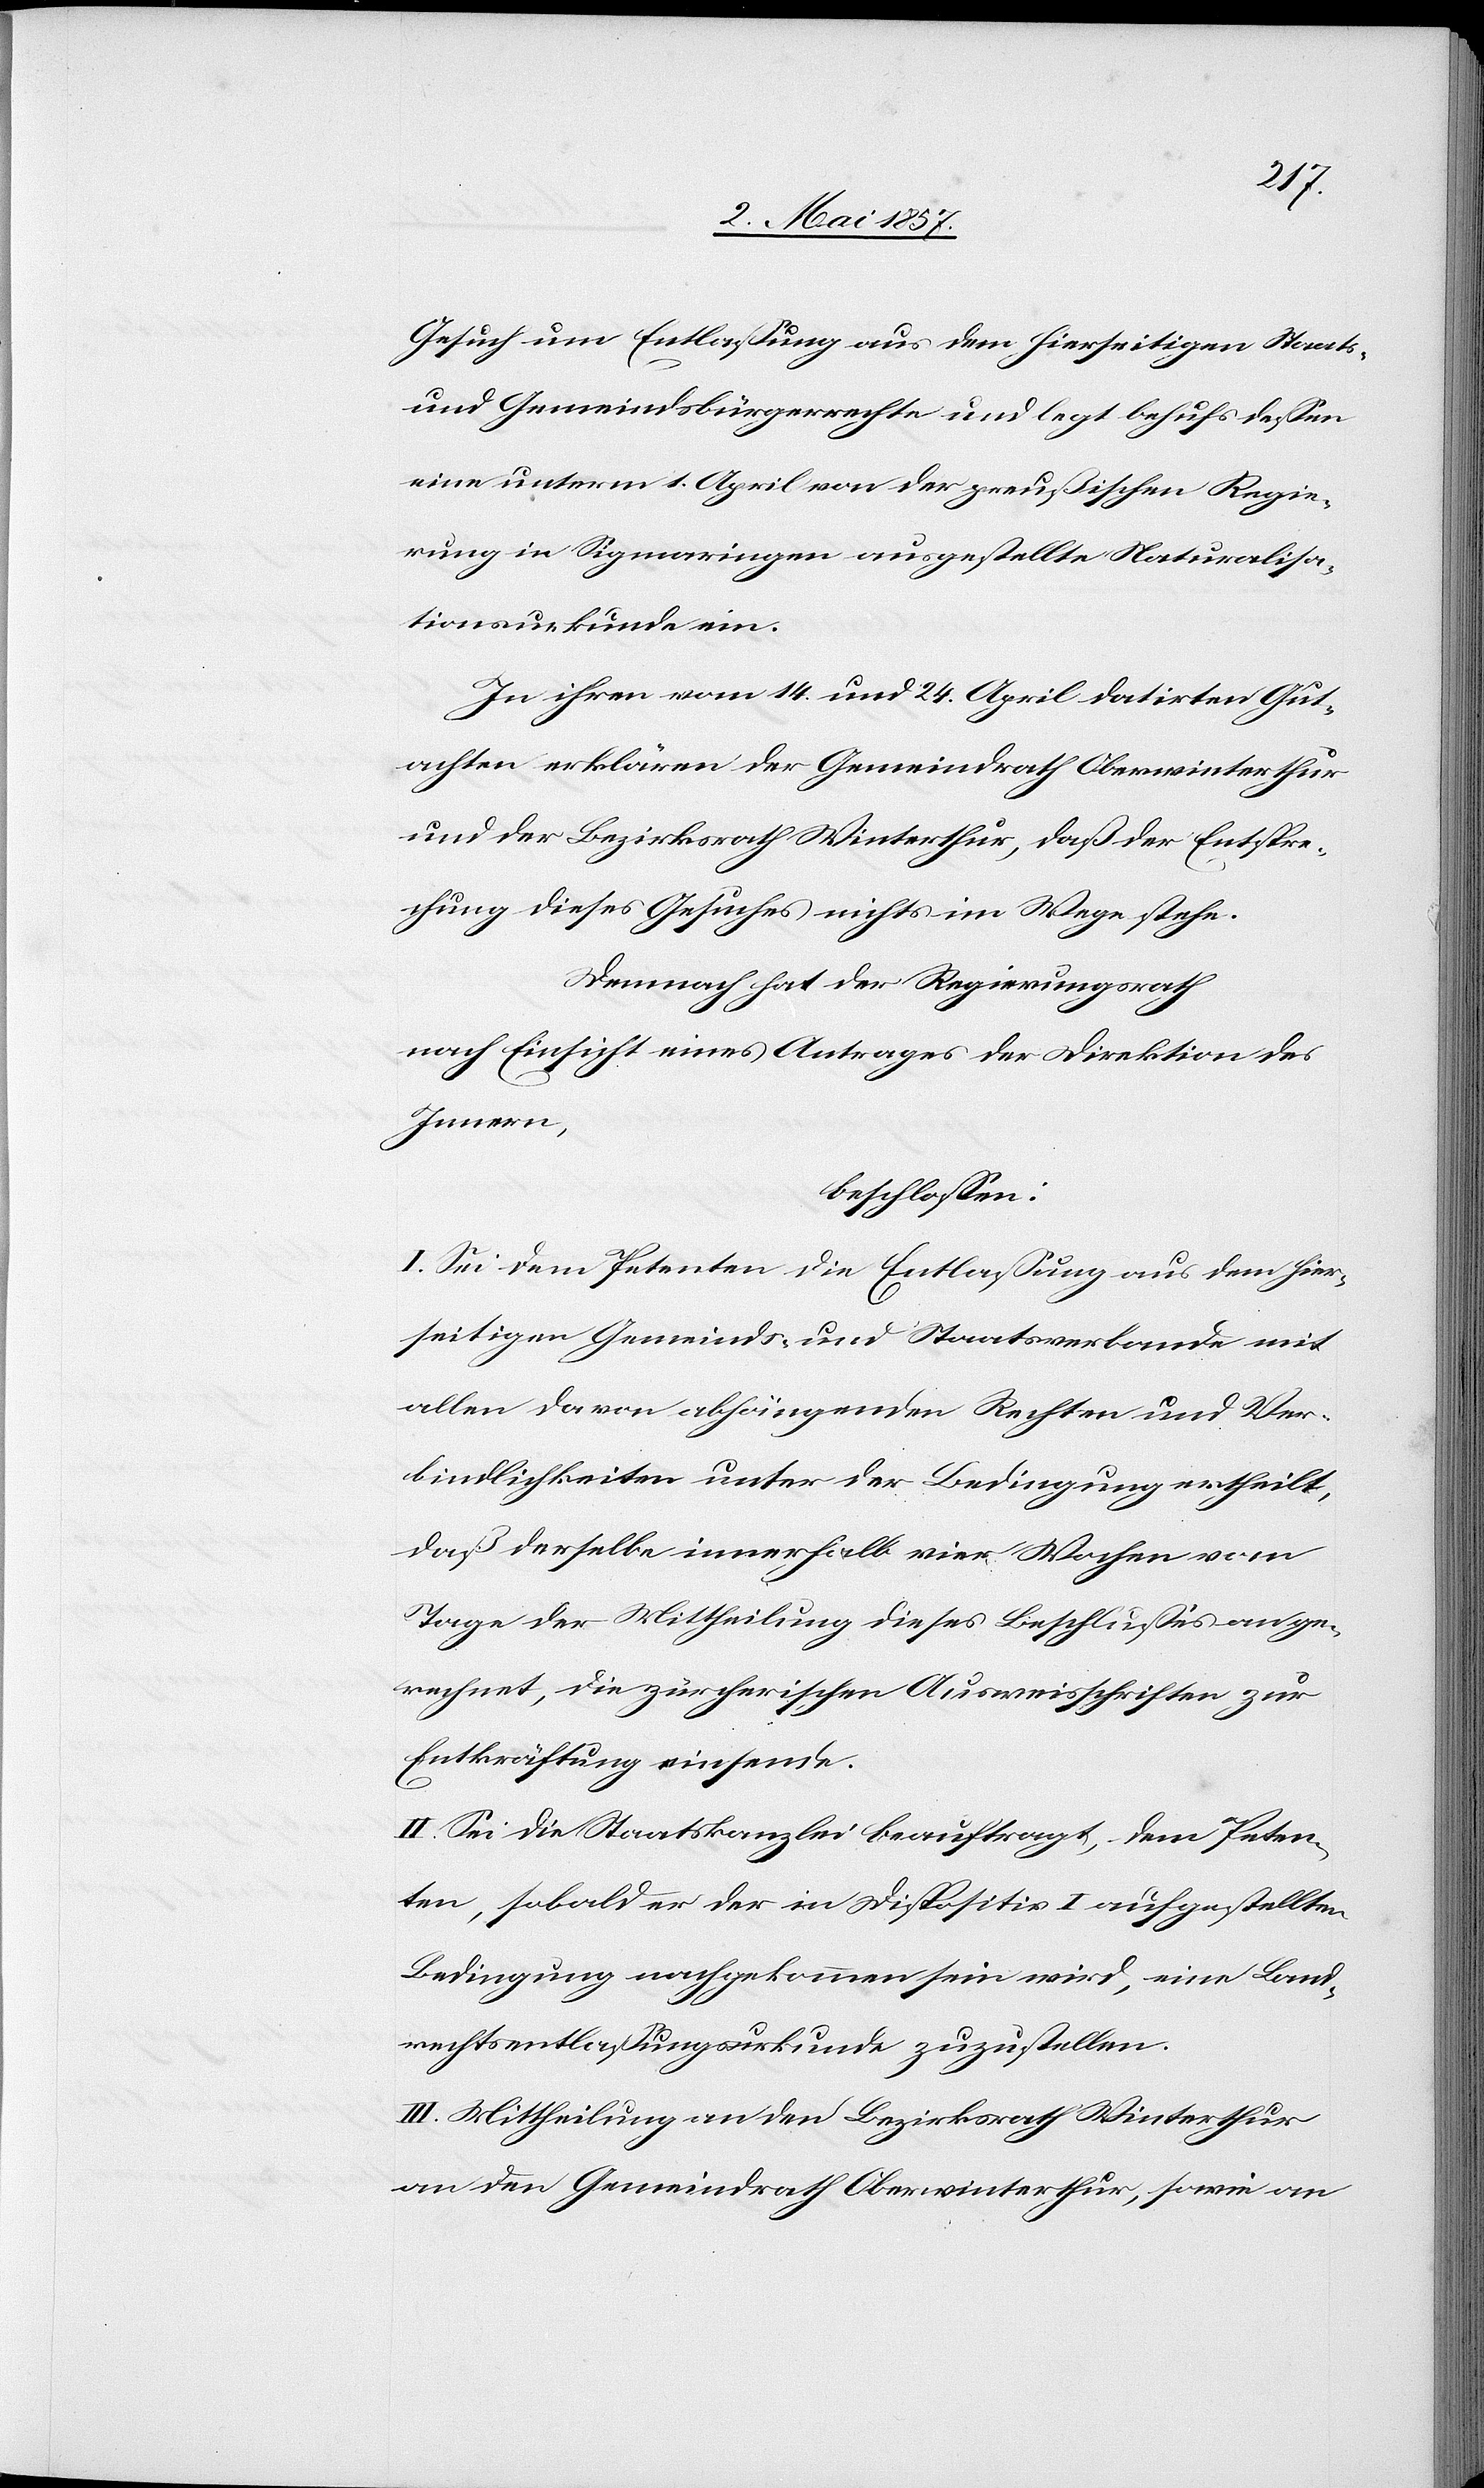
Gesuch um Entlassung aus dem hierseitigen Staats-
und Gemeindsbürgerrechte und legt behufs dessen
eine unterm 1 April von der preußischen Regie¬
rung in Sigmaringen ausgestellte Naturalisa¬
tionsurkunde ein.
In ihren vom 14 und 24 April datirten Gut¬
achten erklären der Gemeindrath Oberwinterthur
und der Bezirksrath Winterthur, daß der Entspre¬
chung dieses Gesuches nichts im Wege stehe.
Demnach hat der Regierungsrath
nach Einsicht eines Antrages der Direktion des
Innern,
beschloßen:
I. Sei dem Petenten die Entlassung aus dem hier¬
seitigen Gemeinds- und Staatsverbande mit
allen davon abhängenden Rechten und Ver¬
bindlichkeiten unter der Bedingung ertheilt,
daß derselbe innerhalb vier Wochen vom
Tage der Mittheilung dieses Beschlusses ange¬
rechnet, die zürcherischen Ausweisschriften zur
Entkräftung einsende.
II. Sei die Staatskanzlei beauftragt, dem Peten¬
ten, sobald er der in Dispositiv I aufgestellten
Bedingung nachgekommen sein wird, eine Land¬
rechtsentlassungskunde zuzustellen.
III. Mittheilung an den Bezirksrath Winterthur
an den Gemeindrath Oberwinterthur, sowie an